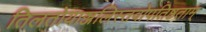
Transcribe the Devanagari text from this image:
तिलतोयाञ्जलिस्तवोपतिष्ठताम्